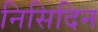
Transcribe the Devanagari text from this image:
निसिदिन